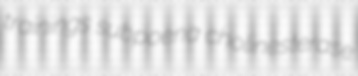
trainings subpoena cholinesterase